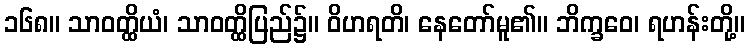
၁၆၈။ သာဝတ္ထိယံ၊ သာဝတ္ထိပြည်၌။ ဝိဟရတိ၊ နေတော်မူ၏။ ဘိက္ခဝေ၊ ရဟန်းတို့။